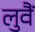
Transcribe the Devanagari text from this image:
लुवैं